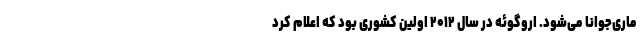
ماری‌جوانا می‌شود. اروگوئه در سال ۲۰۱۲ اولین کشوری بود که اعلام کرد